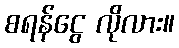
စရန်ငွေ လိုလား။